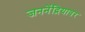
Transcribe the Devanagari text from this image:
जननेंद्रियावर